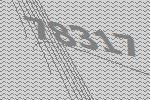
78317